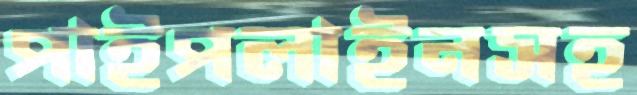
পাইপলাইনসহ